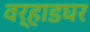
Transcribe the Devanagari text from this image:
वर्‍हाडघर